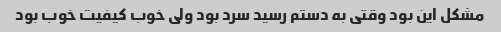
مشکل این بود وقتی به دستم رسید سرد بود ولی خوب کیفیت خوب بود